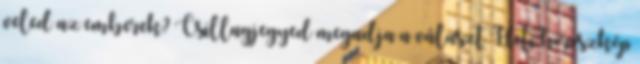
veled az emberek? Csillagjegyed megadja a választ Heti horoszkóp